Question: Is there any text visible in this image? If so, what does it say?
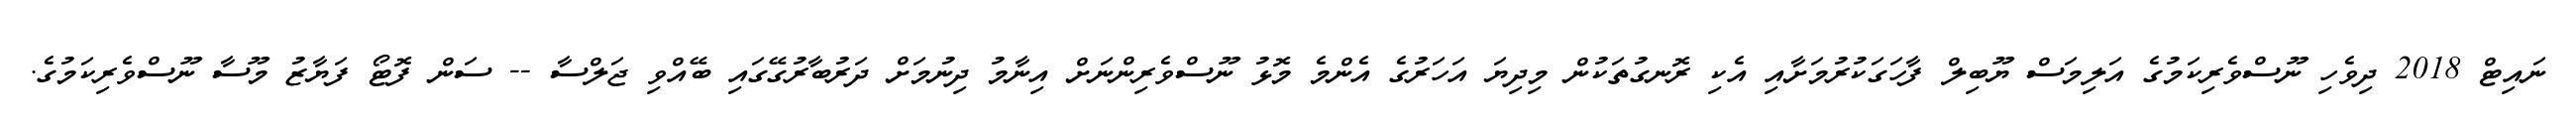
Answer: ނައިޓް 2018 ދިވެހި ނޫސްވެރިކަމުގެ އަލިމަސް ޔޫބިލް ފާހަގަކުރުމަށާއި އެކި ރޮނގުތަކުން މިދިޔަ އަހަރުގެ އެންމެ މޮޅު ނޫސްވެރިންނަށް އިނާމު ދިނުމަށް ދަރުބާރުގޭގައި ބޭއްވި ޖަލްސާ -- ސަން ފޮޓޯ ފަޔާޒު މޫސާ ނޫސްވެރިކަމުގެ.